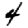
Digit: 4